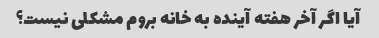
آیا اگر آخر هفته آینده به خانه بروم مشکلی نیست؟